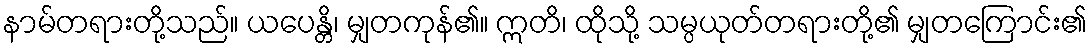
နာမ်တရားတို့သည်။ ယပေန္တိ၊ မျှတကုန်၏။ ဣတိ၊ ထိုသို့ သမ္ပယုတ်တရားတို့၏ မျှတကြောင်း၏